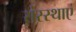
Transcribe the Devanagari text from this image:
संस्स्थाएं